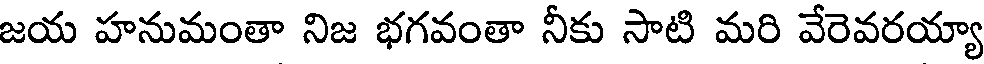
జయ హనుమంతా నిజ భగవంతా నీకు సాటి మరి వేరెవరయ్యా